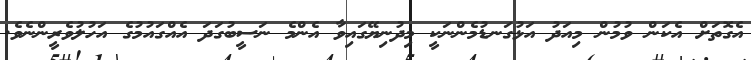
އެގޮތަށް އެކަން ވުމުން މިއަދު އަޅުގަނޑުމެންނަކީ މިދުނިޔޭގައިވާ އެންމެ ނަސީބުގަދަ އެއްގައުމުގެ އަހުލުވެރީންނެވެ.